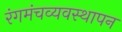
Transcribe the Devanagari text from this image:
रंगमंचव्यवस्थापन